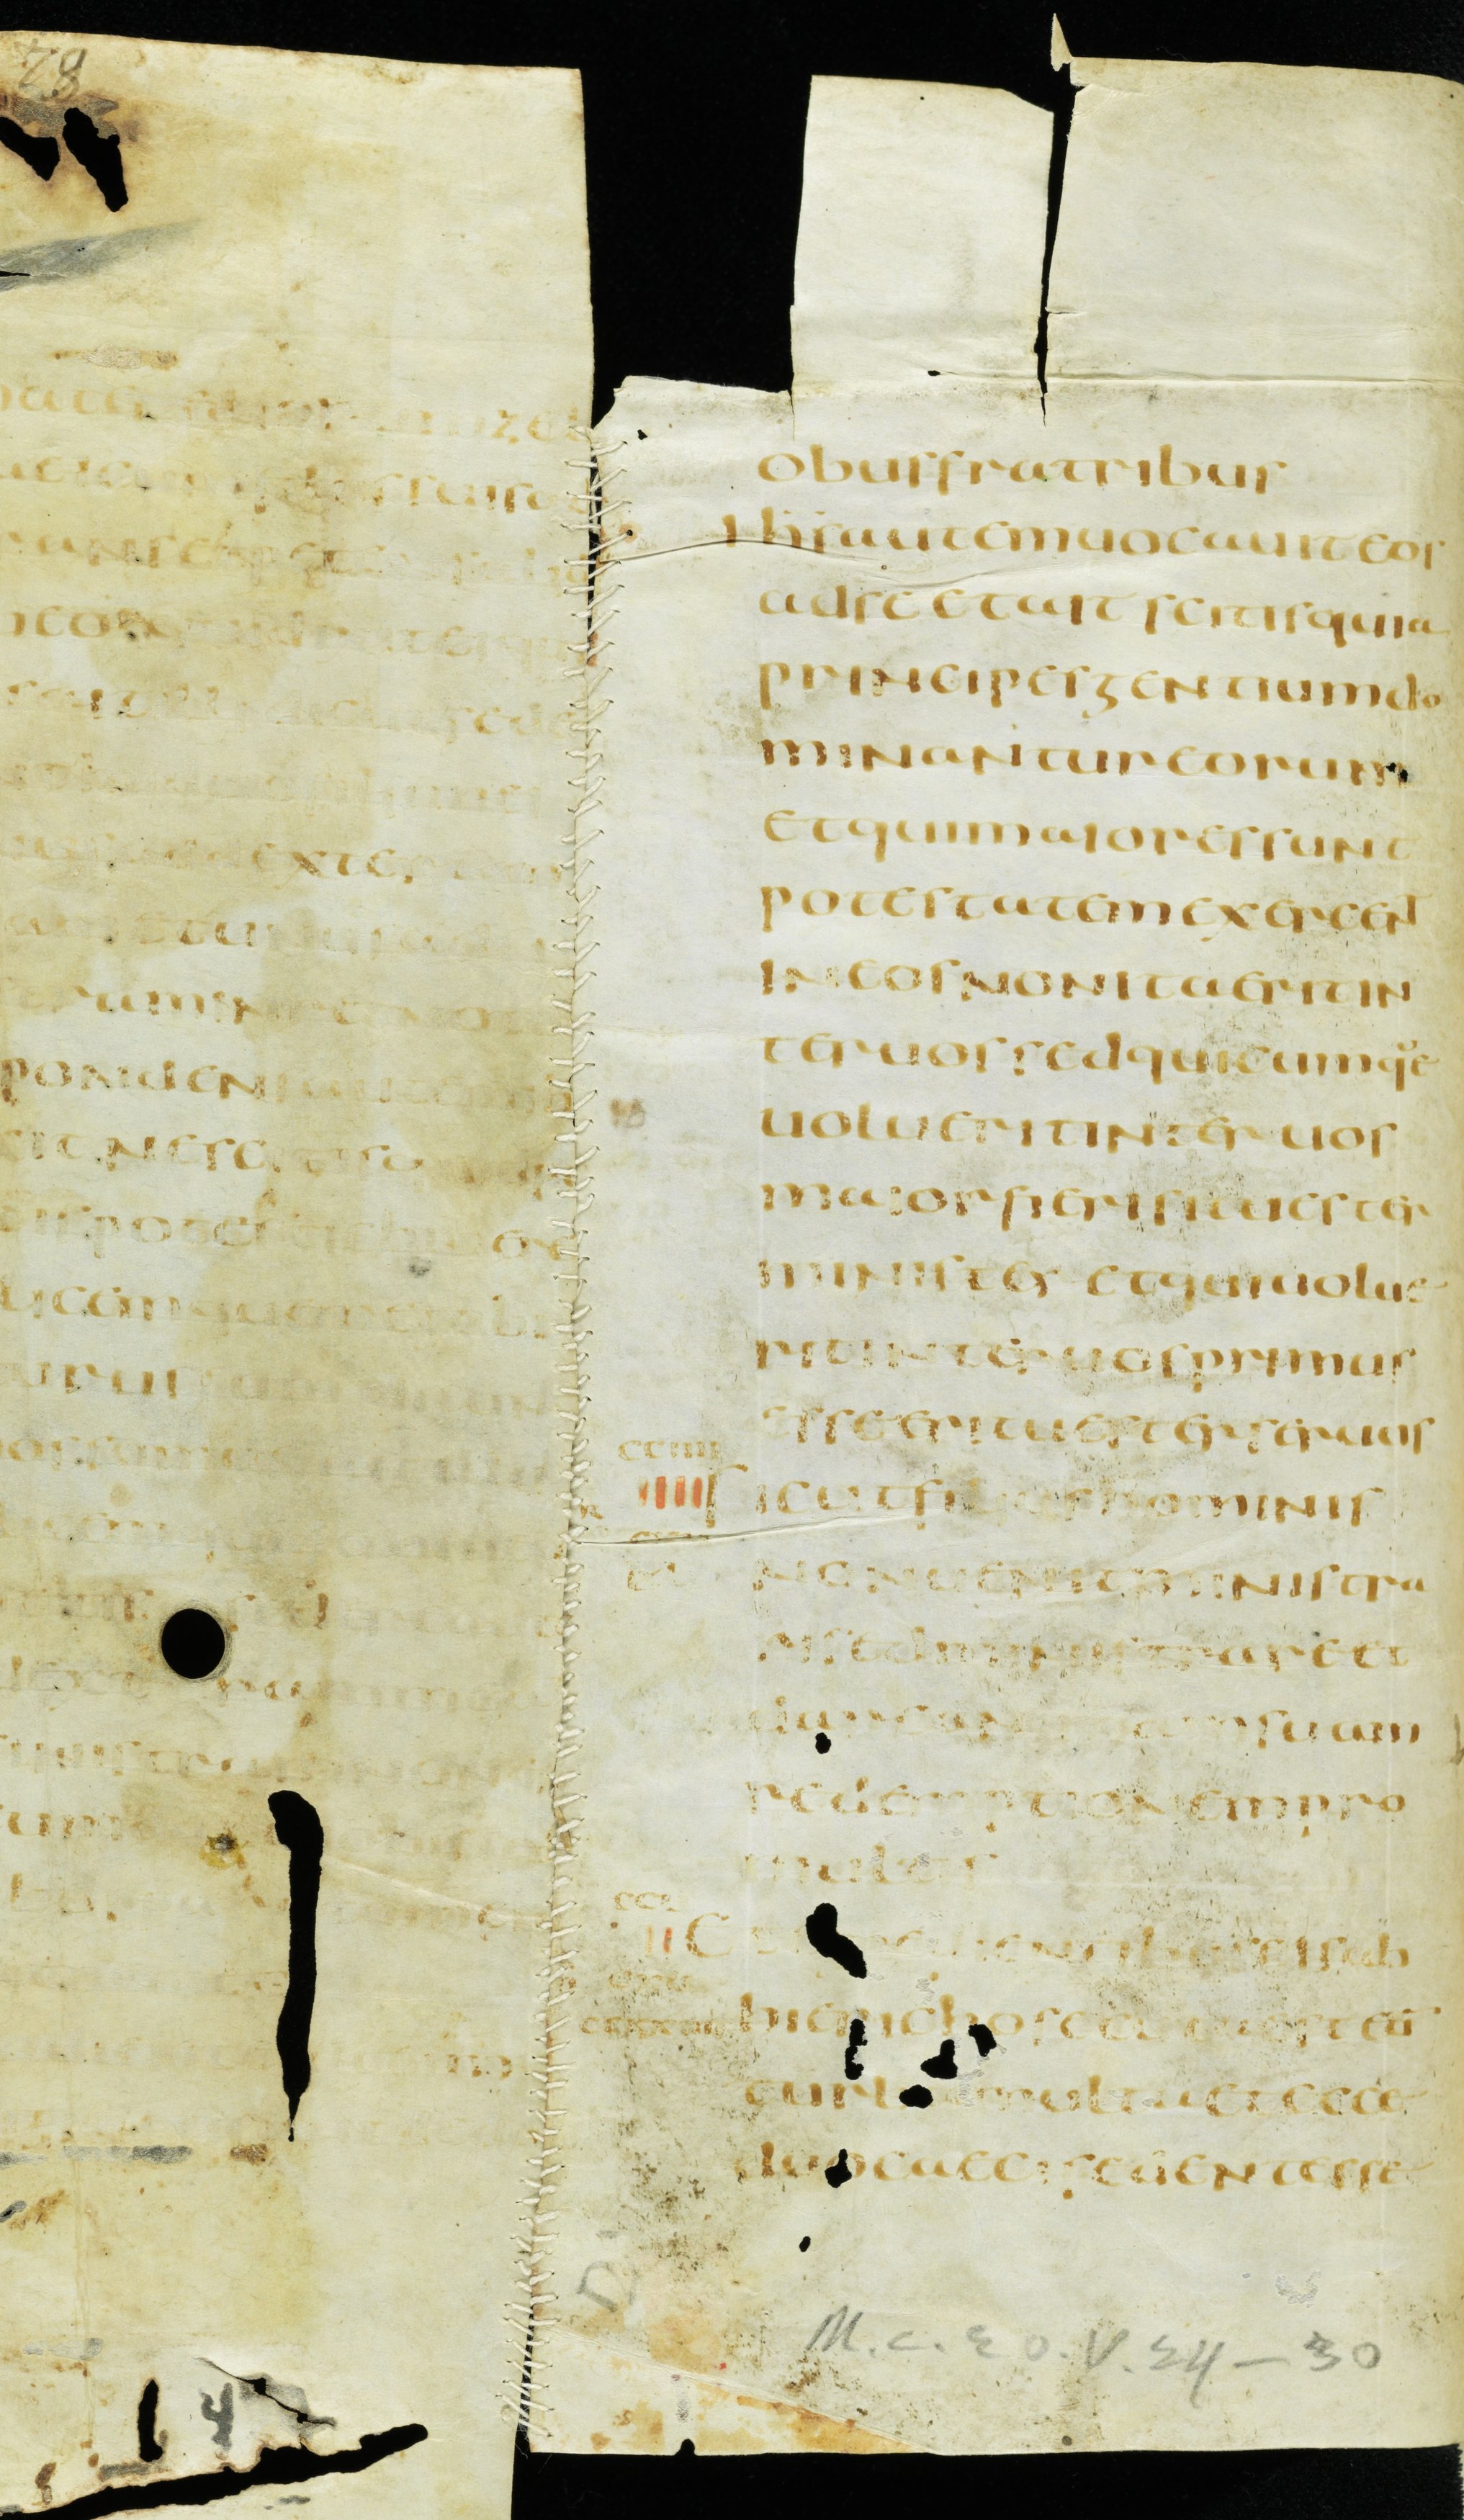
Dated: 900–999